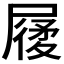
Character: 𡳌